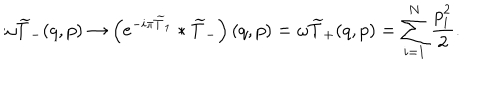
\omega \widetilde { T } _ { - } ( q , p ) \rightarrow \left( \mathrm { e } ^ { - i \pi \widetilde { T } _ { 1 } } \ast \widetilde { T } _ { - } \right) ( q , p ) = \omega \widetilde { T } _ { + } ( q , p ) = \sum _ { i = 1 } ^ { N } \frac { p _ { i } ^ { 2 } } { 2 } .